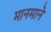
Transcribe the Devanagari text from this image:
मानमाने